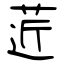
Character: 菦